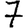
Digit: 7